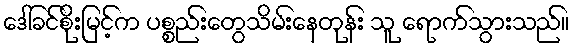
ဒေါ်ခင်စိုးမြင့်က ပစ္စည်းတွေသိမ်းနေတုန်း သူ ရောက်သွားသည်။